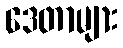
ဒေတာများ